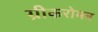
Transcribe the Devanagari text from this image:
ग्रीकरोमन